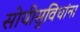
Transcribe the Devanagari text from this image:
सोयीसुविधांना